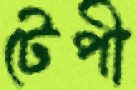
টেপী